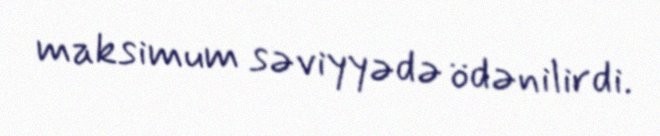
maksimum səviyyədə ödənilirdi.